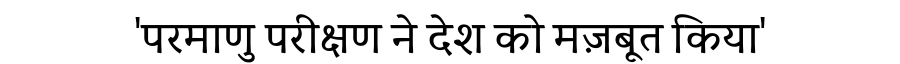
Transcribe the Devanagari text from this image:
'परमाणु परीक्षण ने देश को मज़बूत किया'